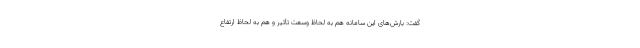
گفت: بارش‌های این سامانه هم به لحاظ وسعت تأثیر و هم به لحاظ ارتفاع